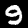
Label: 9